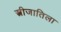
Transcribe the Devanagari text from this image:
स्त्रीजातिला